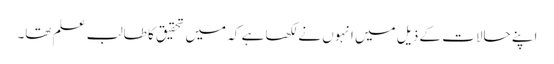
اپنے حالات کے ذیل میں انہوں نے لکھا ہے کہ میں تحقیق کا طالب علم تھا۔